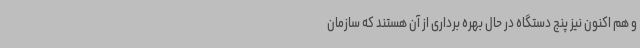
و هم اکنون نیز پنج دستگاه در حال بهره برداری از آن هستند که سازمان